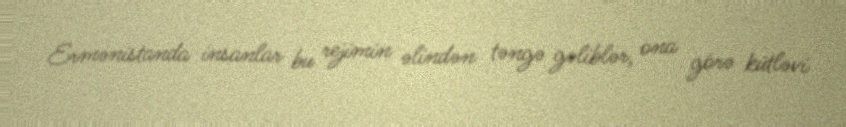
Ermənistanda insanlar bu rejimin əlindən təngə gəliblər, ona görə kütləvi